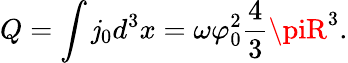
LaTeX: Q=\int\mathit{j}_{0}d^{3}x=\omega\varphi_{0}^{2}{\frac{{4}}{{3}}}\piR^{3}.